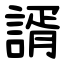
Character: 諝